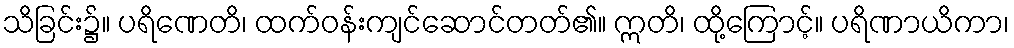
သိခြင်း၌။ ပရိဏေတိ၊ ထက်ဝန်းကျင်ဆောင်တတ်၏။ ဣတိ၊ ထို့ကြောင့်။ ပရိဏာယိကာ၊